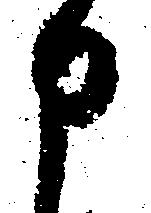
申